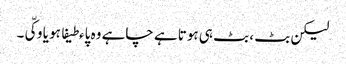
لیکن بٹ ، بٹ ہی ہوتا ہے چاہے وہ پاءطیفا ہو یا وکّی۔